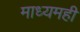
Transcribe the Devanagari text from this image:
माध्यमही